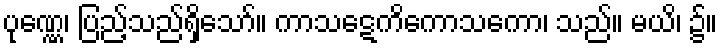
ပုဏ္ဏေ၊ ပြည့်သည်ရှိသော်။ ကာသဋေကိကောသကော၊ သည်။ မယိ၊ ၌။